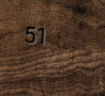
51